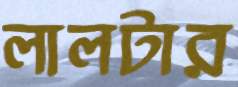
লালটার